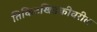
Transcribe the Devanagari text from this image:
तिकिटखिडकीवरील